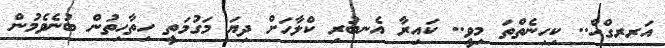
އަރރގްހް.. ކިހިނެތްތަ މިވީ.. ކައިރާ އެނބުރި ކްލާހަށް ދިޔަ މަގުމަތީ ހިތާހިތުން ބުނެވެމުން